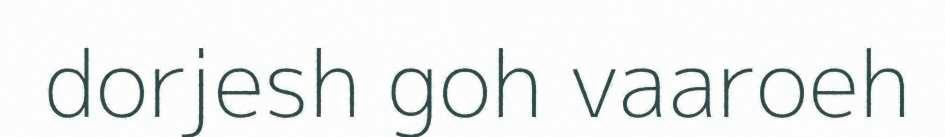
dorjesh goh vaaroeh